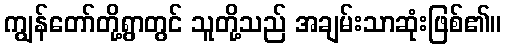
ကျွန်တော်တို့ရွာတွင် သူတို့သည် အချမ်းသာဆုံးဖြစ်၏။